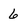
Character: 6